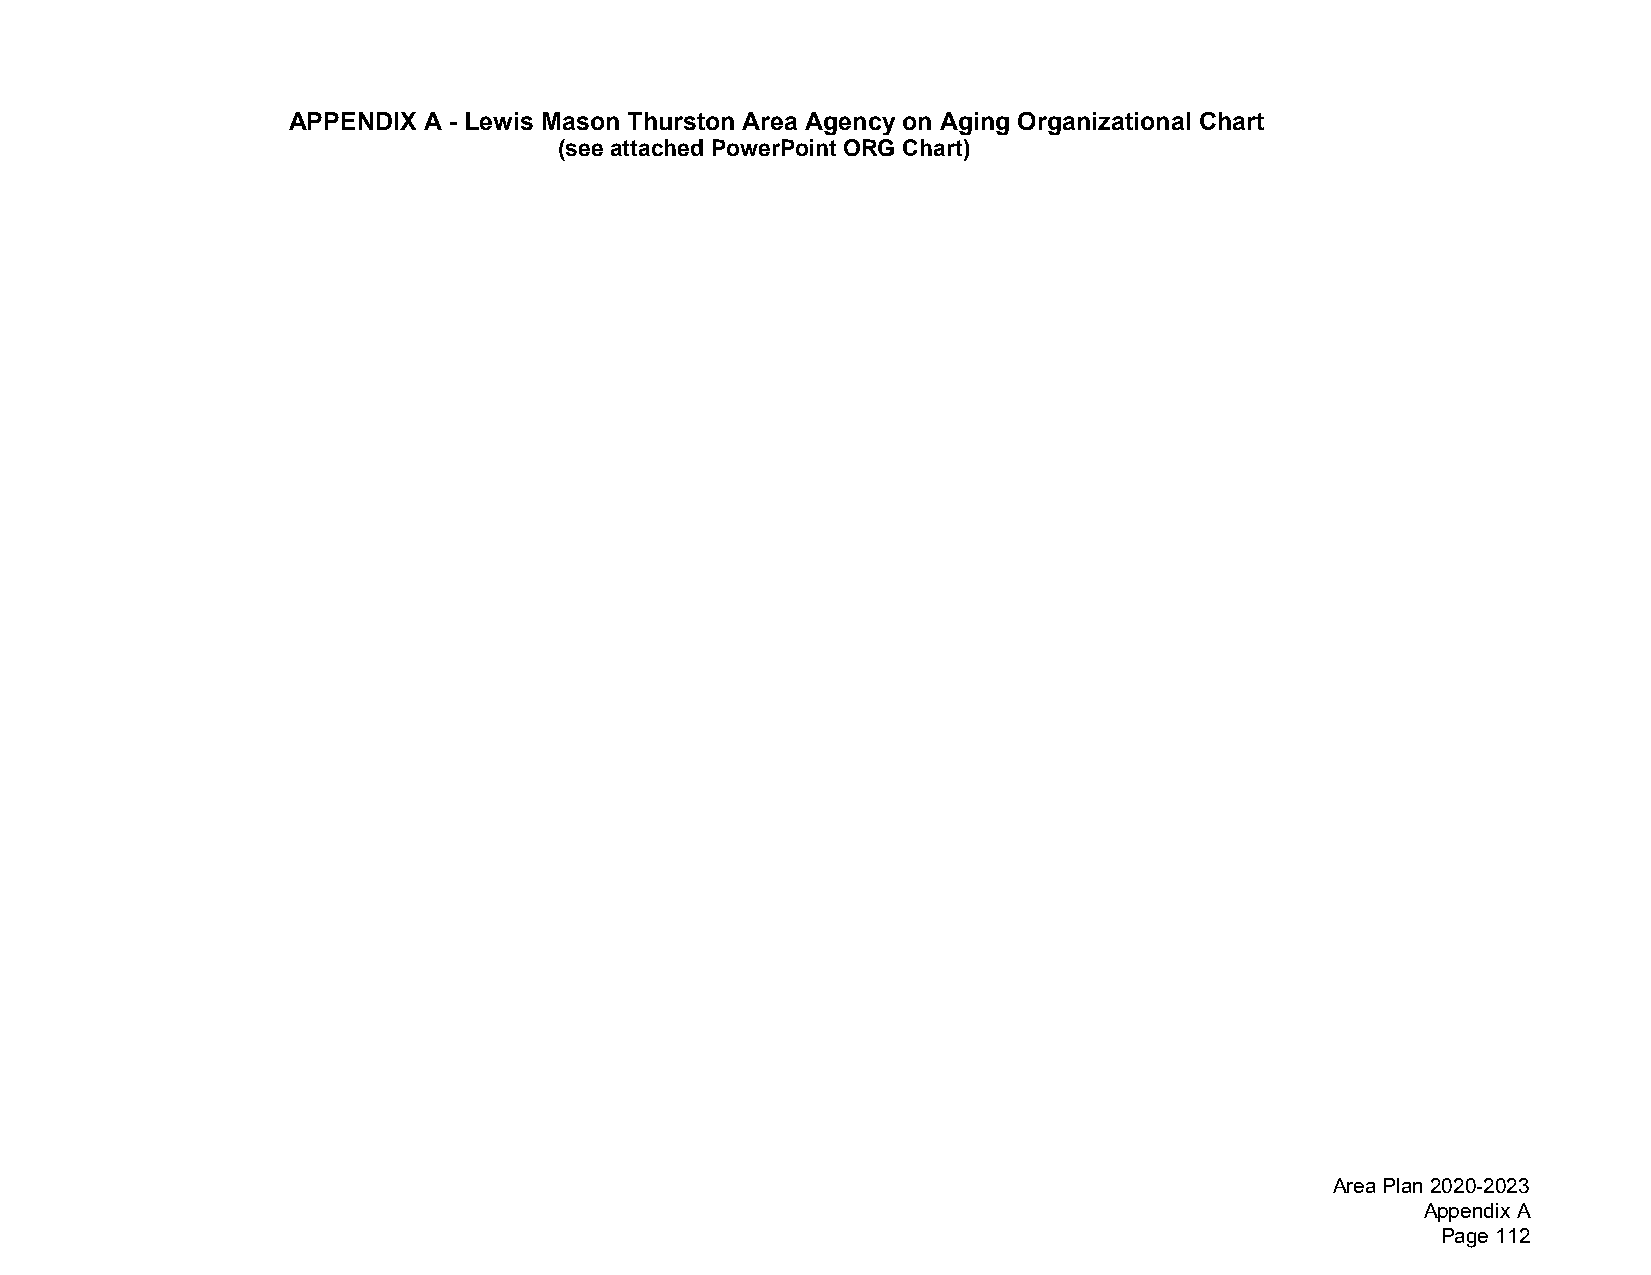
APPENDIX A - Lewis Mason Thurston Area Agency on Aging Organizational Chart
 (see attached PowerPoint ORG Chart)
 Area Plan 2020-2023
 Appendix A
 Page 112